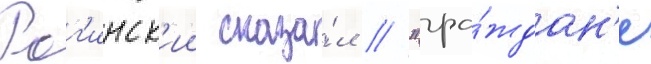
Рог'инск'ии сказа́л // "гра́ждан'е